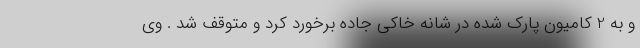
و به 2 کامیون پارک شده در شانه خاکی جاده برخورد کرد و متوقف شد . وی